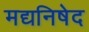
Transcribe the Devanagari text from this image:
मद्यनिषेद